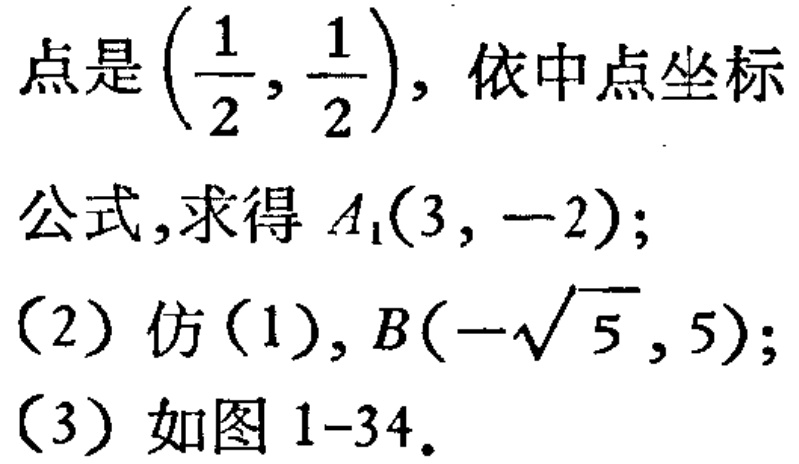
点是$\left(\frac{1}{2},\frac{1}{2}\right)$，依中点坐标
公式,求得$A_1(3,-2)$；
(2) 仿 (1),$B(-\sqrt{5},5)$；
(3) 如图 1-34.